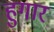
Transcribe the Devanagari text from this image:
हुगार